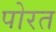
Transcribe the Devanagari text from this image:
पोरत